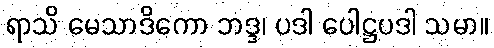
ရာသိ မေသာဒိကော ဘဒ္ဒ၊ ပဒါ ပေါဋ္ဌပဒါ သမာ။